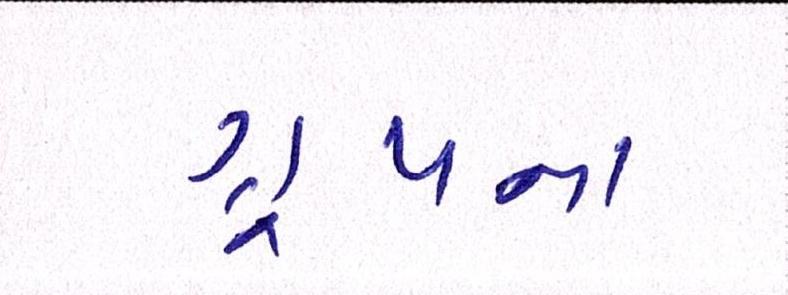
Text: ગ્રૂપના